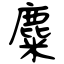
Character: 麋